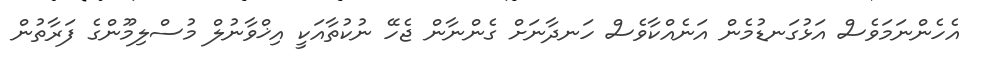
އެހެންނަމަވެސް އަޅުގަނޑުމެން އަނެއްކާވެސް ހަނދާނަށް ގެންނާން ޖެހޭ ނުކުތާއަކީ އިޚްވާނުލް މުސްލިމޫންގެ ފަރާތުން